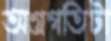
অগ্রগতিটা